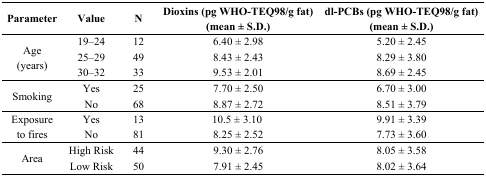
<table><thead><tr><td><b>Parameter</b></td><td><b>Value</b></td><td><b>N</b></td><td><b>Dioxins (pg WHO-TEQ98/g fat) (mean ± S.D.)</b></td><td><b>dl-PCBs (pg WHO-TEQ98/g fat) (mean ± S.D.)</b></td></tr></thead><tbody><tr><td rowspan="3">Age (years)</td><td>19–24</td><td>12</td><td>6.40 ± 2.98</td><td>5.20 ± 2.45</td></tr><tr><td>25–29</td><td>49</td><td>8.43 ± 2.43</td><td>8.29 ± 3.80</td></tr><tr><td>30–32</td><td>33</td><td>9.53 ± 2.01</td><td>8.69 ± 2.45</td></tr><tr><td rowspan="2">Smoking</td><td>Yes</td><td>25</td><td>7.70 ± 2.50</td><td>6.70 ± 3.00</td></tr><tr><td>No</td><td>68</td><td>8.87 ± 2.72</td><td>8.51 ± 3.79</td></tr><tr><td rowspan="2">Exposure to fires</td><td>Yes</td><td>13</td><td>10.5 ± 3.10</td><td>9.91 ± 3.39</td></tr><tr><td>No</td><td>81</td><td>8.25 ± 2.52</td><td>7.73 ± 3.60</td></tr><tr><td rowspan="2">Area</td><td>High Risk</td><td>44</td><td>9.30 ± 2.76</td><td>8.05 ± 3.58</td></tr><tr><td>Low Risk</td><td>50</td><td>7.91 ± 2.45</td><td>8.02 ± 3.64</td></tr></tbody></table>